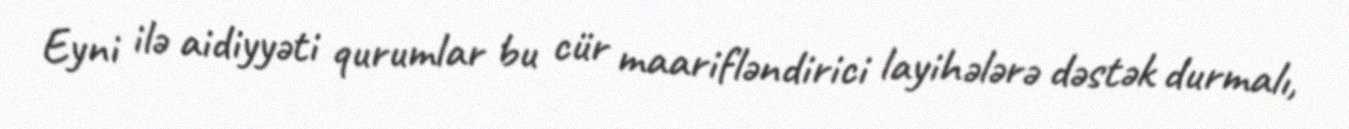
Eyni ilə aidiyyəti qurumlar bu cür maarifləndirici layihələrə dəstək durmalı,